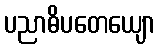
ပညာဓိပတေယျော